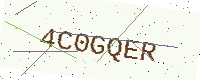
Text: 4C0GQER